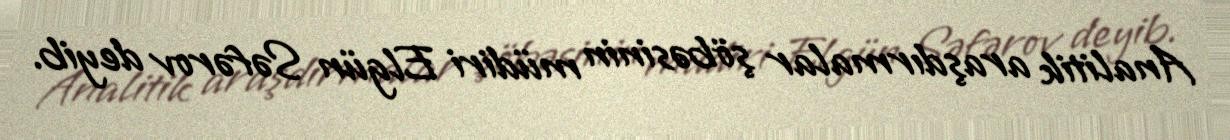
Analitik araşdırmalar şöbəsinin müdiri Elgün Səfərov deyib.